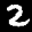
Label: 2